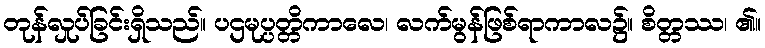
တုန်လှုပ်ခြင်းရှိသည်။ ပဌမုပ္ပတ္တိကာလေ၊ လက်မွန်ဖြစ်ရာကာလ၌။ စိတ္တဿ၊ ၏။